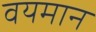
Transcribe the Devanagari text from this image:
वयमान